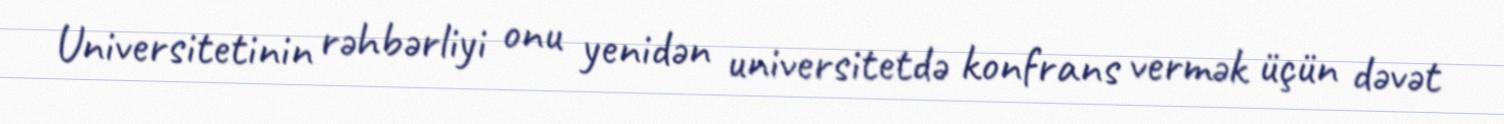
Universitetinin rəhbərliyi onu yenidən universitetdə konfrans vermək üçün dəvət